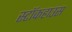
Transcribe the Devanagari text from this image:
स्टॉकहाउस